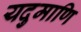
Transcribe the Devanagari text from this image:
यदुमाणि